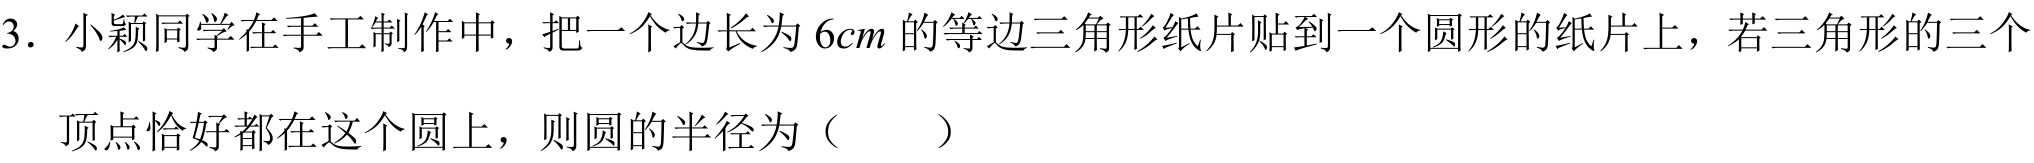
3. 小颖同学在手工制作中，把一个边长为\(6cm\)的等边三角形纸片贴到一个圆形的纸片上，若三角形的三个顶点恰好都在这个圆上，则圆的半径为（  ）